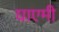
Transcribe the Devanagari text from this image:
घाएमी